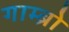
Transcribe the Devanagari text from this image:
गाम्ब्रो